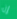
إن